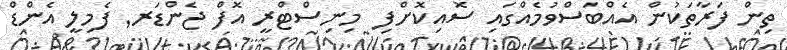
ތިން ފަރާތަކުން އެއްބަސްވުމެއްގައި ސޮއިކޮށްފި  މިނިސްޓްރީ އޮފް ޖެންޑަރ